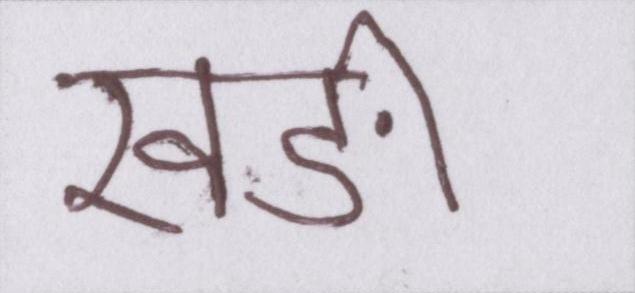
खङी